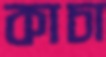
কাচা